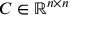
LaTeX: C \in \mathbb { R } ^ { n \times n }